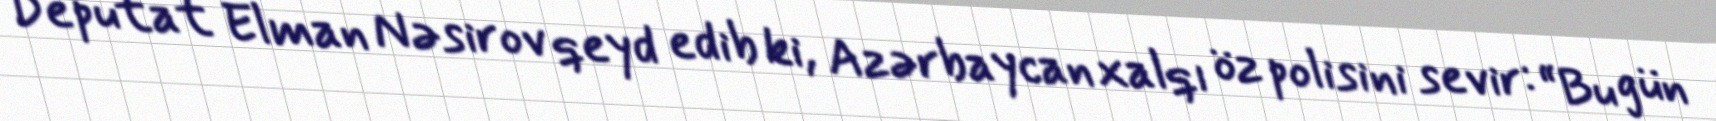
Deputat Elman Nəsirov qeyd edib ki, Azərbaycan xalqı öz polisini sevir: “Bu gün